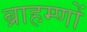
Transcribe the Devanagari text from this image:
ब्राहम्‍णों